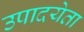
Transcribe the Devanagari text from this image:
उपादयेता